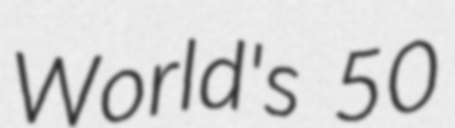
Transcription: World's 50